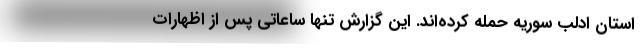
استان ادلب سوریه حمله کرده‌اند. این گزارش تنها ساعاتی پس از اظهارات